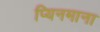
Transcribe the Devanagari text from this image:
प्यिनमाना